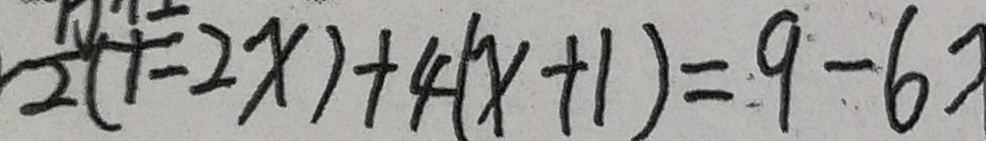
2 ( 1 - 2 x ) + 4 ( x + 1 ) = 9 - 6